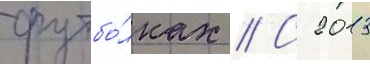
футбо́лках // С 2013